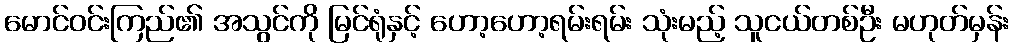
မောင်ဝင်းကြည်၏ အသွင်ကို မြင်ရုံနှင့် ဟော့ဟော့ရမ်းရမ်း သုံးမည့် သူငယ်တစ်ဦး မဟုတ်မှန်း